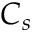
C _ { s }